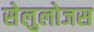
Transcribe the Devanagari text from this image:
सेलुलोजस